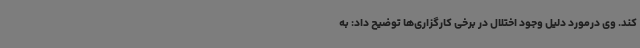
کند. وی درمورد دلیل وجود اختلال در برخی کارگزاری‌ها توضیح داد: به